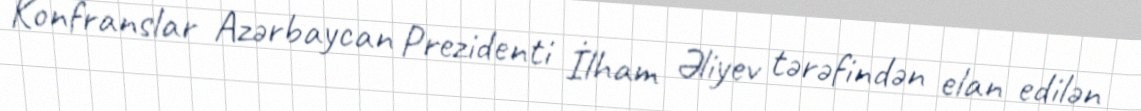
Konfranslar Azərbaycan Prezidenti İlham Əliyev tərəfindən elan edilən